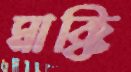
মাক্কি